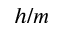
h / m